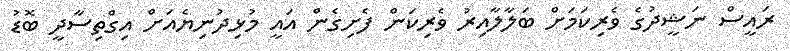
ރައީސް ނަޝީދުގެ ވެރިކަމަށް ބަލާލާއިރު ވެރިކަން ފެށިގެން އައީ މުޅިދުނިޔެއަށް އިގްތިސާދީ ބޮޑު